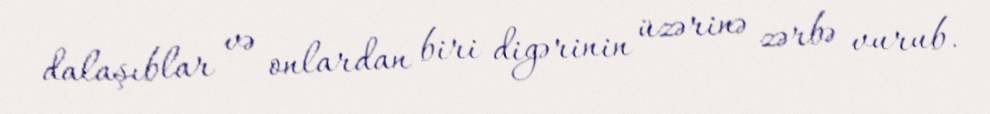
dalaşıblar və onlardan biri digərinin üzərinə zərbə vurub.